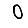
Digit: 0